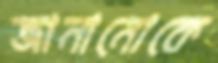
জানানোকে